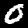
Label: 0